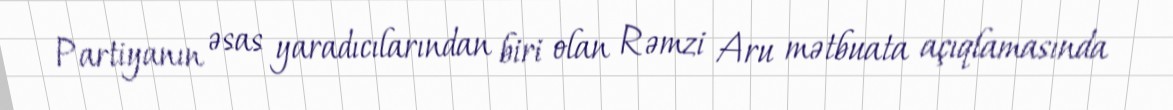
Partiyanın əsas yaradıcılarından biri olan Rəmzi Aru mətbuata açıqlamasında